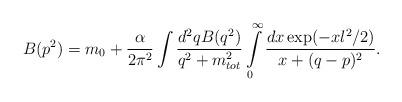
LaTeX: \begin{align*}B(p^2)=m_0+\frac{\alpha}{2\pi^2}\int\frac{d^2q B(q^2)} {q^2+m_{tot}^2}\int\limits_{0}^{\infty}\frac{dx \exp(-xl^2/2)}{x+( q- p)^2}.\end{align*}